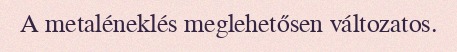
A metaléneklés meglehetősen változatos.